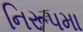
નિરૂપમા